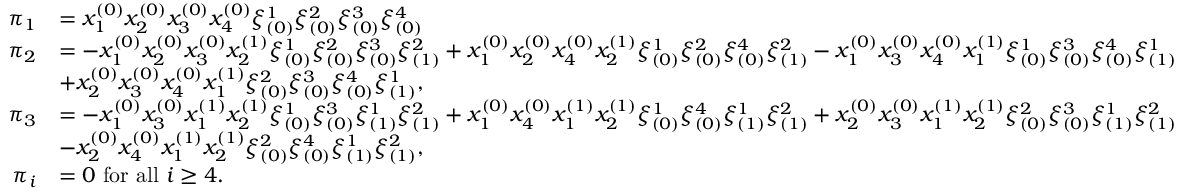
\begin{array} { r l } { \pi _ { 1 } } & { = x _ { 1 } ^ { ( 0 ) } x _ { 2 } ^ { ( 0 ) } x _ { 3 } ^ { ( 0 ) } x _ { 4 } ^ { ( 0 ) } \xi _ { ( 0 ) } ^ { 1 } \xi _ { ( 0 ) } ^ { 2 } \xi _ { ( 0 ) } ^ { 3 } \xi _ { ( 0 ) } ^ { 4 } } \\ { \pi _ { 2 } } & { = - x _ { 1 } ^ { ( 0 ) } x _ { 2 } ^ { ( 0 ) } x _ { 3 } ^ { ( 0 ) } x _ { 2 } ^ { ( 1 ) } \xi _ { ( 0 ) } ^ { 1 } \xi _ { ( 0 ) } ^ { 2 } \xi _ { ( 0 ) } ^ { 3 } \xi _ { ( 1 ) } ^ { 2 } + x _ { 1 } ^ { ( 0 ) } x _ { 2 } ^ { ( 0 ) } x _ { 4 } ^ { ( 0 ) } x _ { 2 } ^ { ( 1 ) } \xi _ { ( 0 ) } ^ { 1 } \xi _ { ( 0 ) } ^ { 2 } \xi _ { ( 0 ) } ^ { 4 } \xi _ { ( 1 ) } ^ { 2 } - x _ { 1 } ^ { ( 0 ) } x _ { 3 } ^ { ( 0 ) } x _ { 4 } ^ { ( 0 ) } x _ { 1 } ^ { ( 1 ) } \xi _ { ( 0 ) } ^ { 1 } \xi _ { ( 0 ) } ^ { 3 } \xi _ { ( 0 ) } ^ { 4 } \xi _ { ( 1 ) } ^ { 1 } } \\ & { + x _ { 2 } ^ { ( 0 ) } x _ { 3 } ^ { ( 0 ) } x _ { 4 } ^ { ( 0 ) } x _ { 1 } ^ { ( 1 ) } \xi _ { ( 0 ) } ^ { 2 } \xi _ { ( 0 ) } ^ { 3 } \xi _ { ( 0 ) } ^ { 4 } \xi _ { ( 1 ) } ^ { 1 } , } \\ { \pi _ { 3 } } & { = - x _ { 1 } ^ { ( 0 ) } x _ { 3 } ^ { ( 0 ) } x _ { 1 } ^ { ( 1 ) } x _ { 2 } ^ { ( 1 ) } \xi _ { ( 0 ) } ^ { 1 } \xi _ { ( 0 ) } ^ { 3 } \xi _ { ( 1 ) } ^ { 1 } \xi _ { ( 1 ) } ^ { 2 } + x _ { 1 } ^ { ( 0 ) } x _ { 4 } ^ { ( 0 ) } x _ { 1 } ^ { ( 1 ) } x _ { 2 } ^ { ( 1 ) } \xi _ { ( 0 ) } ^ { 1 } \xi _ { ( 0 ) } ^ { 4 } \xi _ { ( 1 ) } ^ { 1 } \xi _ { ( 1 ) } ^ { 2 } + x _ { 2 } ^ { ( 0 ) } x _ { 3 } ^ { ( 0 ) } x _ { 1 } ^ { ( 1 ) } x _ { 2 } ^ { ( 1 ) } \xi _ { ( 0 ) } ^ { 2 } \xi _ { ( 0 ) } ^ { 3 } \xi _ { ( 1 ) } ^ { 1 } \xi _ { ( 1 ) } ^ { 2 } } \\ & { - x _ { 2 } ^ { ( 0 ) } x _ { 4 } ^ { ( 0 ) } x _ { 1 } ^ { ( 1 ) } x _ { 2 } ^ { ( 1 ) } \xi _ { ( 0 ) } ^ { 2 } \xi _ { ( 0 ) } ^ { 4 } \xi _ { ( 1 ) } ^ { 1 } \xi _ { ( 1 ) } ^ { 2 } , } \\ { \pi _ { i } } & { = 0 \mathrm { ~ f o r ~ a l l ~ } i \geq 4 . } \end{array}